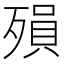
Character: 殞